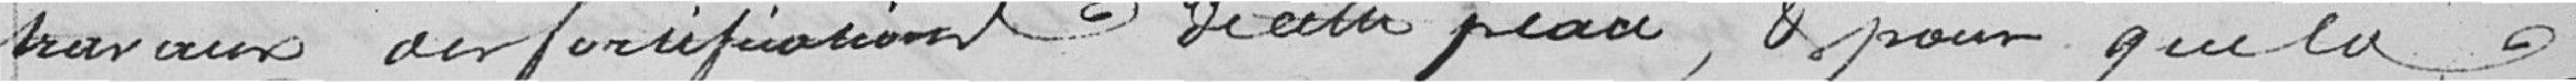
travaux des fortifications de cette place, et pour que la